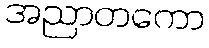
အညာတကော